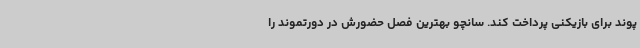
پوند برای بازیکنی پرداخت کند. سانچو بهترین فصل حضورش در دورتموند را